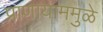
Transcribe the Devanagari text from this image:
प्राणायाममुळे